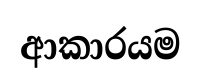
ආකාරයම